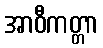
အာဝီကတ္တာ